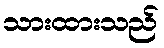
သားထားသည်